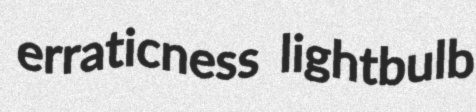
erraticness lightbulb